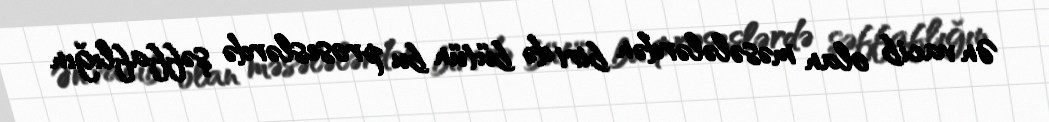
Ən vacib olan məsələlərdən biri də bütün bu proseslərdə şəffaflığın